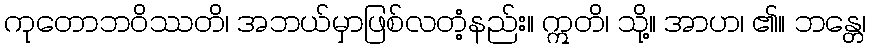
ကုတောဘဝိဿတိ၊ အဘယ်မှာဖြစ်လတံ့နည်း။ ဣတိ၊ သို့။ အာဟ၊ ၏။ ဘန္တေ၊